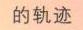
的轨迹